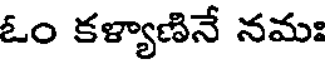
ఓం కళ్యాణినే నమః